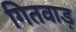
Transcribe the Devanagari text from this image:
गितवाड़